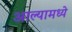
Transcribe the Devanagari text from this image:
आल्यामध्ये